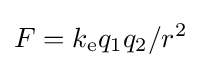
F=k_{\text{e}}q_{1}q_{2}/r^{2}